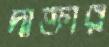
দাক্তার